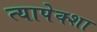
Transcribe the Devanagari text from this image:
त्यापेक्शा